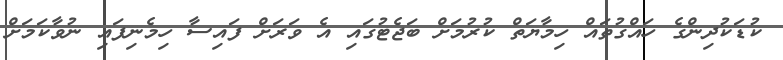
ކުޑަކުދިންގެ ހައްގުތައް ހިމާޔަތް ކުރުމަށް ބަޖެޓުގައި އެ ވަރަށް ފައިސާ ހިމެނިފައި ނުވާކަމަށް